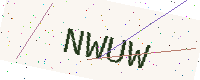
Text: NWUW